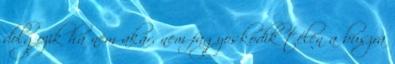
dolgozik ha nem akar, nem fagyoskodik télen a buszra